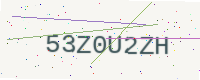
Text: 53Z0U2ZH